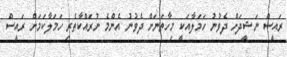
ރައީސް ނަޝީދަށް ދެވުނު ހަމަލާއަކީ މިހާތަނަށް ދެވުނު އެންމެ ނުރައްކާތެރި ހަމަލާކަމަށް ރައީސް